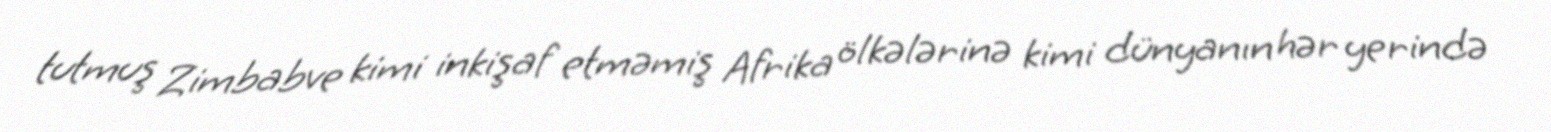
tutmuş Zimbabve kimi inkişaf etməmiş Afrika ölkələrinə kimi dünyanın hər yerində